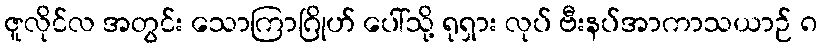
ဇူလိုင်လ အတွင်း သောကြာဂြိုဟ် ပေါ်သို့ ရုရှား လုပ် ဗီးနပ်အာကာသယာဉ် ၈